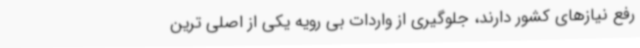
رفع نیازهای کشور دارند، جلوگیری از واردات بی رویه یکی از اصلی ترین